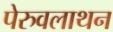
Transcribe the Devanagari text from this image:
पेरुवलाथन